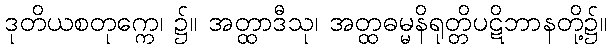
ဒုတိယစတုက္ကေ၊ ၌။ အတ္ထာဒီသု၊ အတ္ထဓမ္မနိရုတ္တိပဋိဘာနတို့၌။